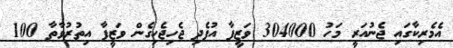
އެމެރިކާގައި ޖެނުއަރީ މަހު 304000 ވަޒީފާ އުފެދި ޖެހިޖެހިގެން ވަޒީފާ އިތުރުވާތާ 100